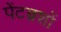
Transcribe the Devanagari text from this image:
पेंटब्रशों